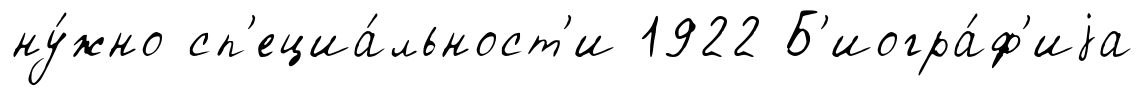
ну́жно сп'ециа́льност'и 1922 Б'иогра́ф'иjа